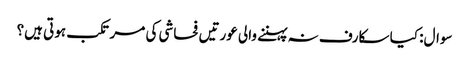
سوال: کیا سکارف نہ پہننے والی عورتیں فحاشی کی مرتکب ہوتی ہیں؟